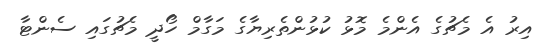
އިރު އެ މެޗުގެ އެންމެ މޮޅު ކުޅުންތެރިޔާގެ މަގާމް ހޯދީ މެޗުގައި ސެންޓާ